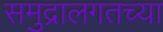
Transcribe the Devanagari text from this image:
समुद्रालगतच्या